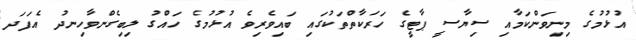
އުޅުމުގެ މިނިވަންކަމާއި ސިޔާސީ ޕާޓީގެ ހަރަކާތްތަކުގައި ބައިވެރިވެ އުޅުމުގެ ހައްގު ލިބިގެންވާހިނދު އެފަދަ